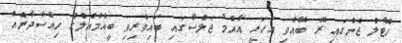
ހޮޓެލް ޖެންގައި ރޭ ބޭއްވި އަހަރީ އާއްމު ޖަލްސާގައި ބައިވެރިވި ބީއެމްއެލްގެ ހިއްސާދާރެއް